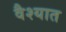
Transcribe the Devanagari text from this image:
वैश्यात